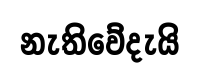
නැතිවේදැයි